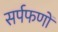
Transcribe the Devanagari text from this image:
सर्पफणों